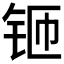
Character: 𫓬